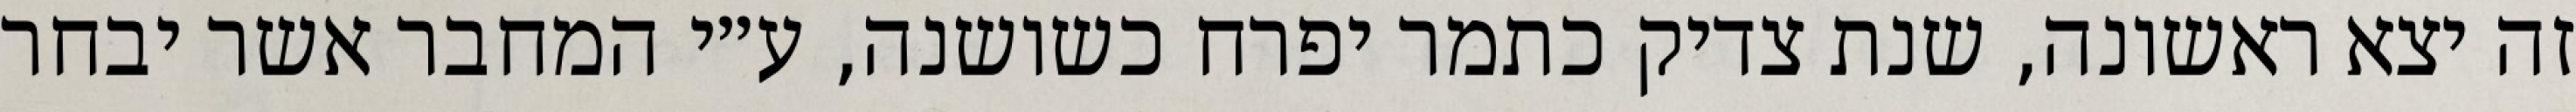
זה יצא ראשונה, שנת צדיק כתמר יפרח כשושנה, ע״י המחבר אשר יבחר